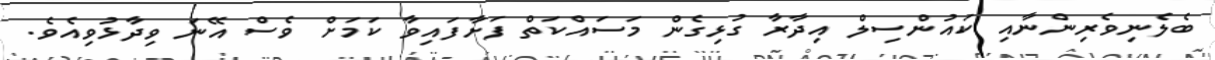
ބެލެނިވެރިންނާއި ކައުންސިލް އިދާރާ ގުޅިގެން މަސައްކަތް ފަށާފައިވާ ކަމަށް ވެސް އޭނަ ވިދާޅުވިއެވެ.